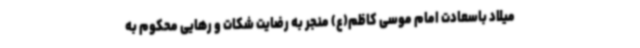
میلاد باسعادت امام موسی کاظم(ع) منجر به رضایت شکات و رهایی محکوم به